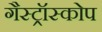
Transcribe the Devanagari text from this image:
गैस्ट्रॉस्कोप